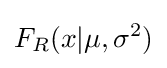
F_{R}(x|\mu ,\sigma ^{2})